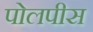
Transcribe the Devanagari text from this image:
पोलपीस